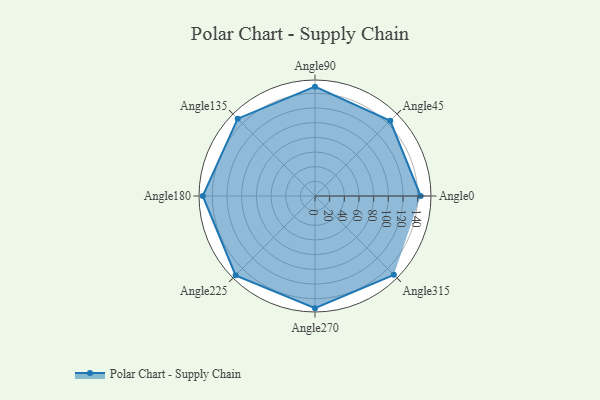
{"axis": {"x": "Angle", "y": "Radius"}, "legend": [""], "data": [{"x": "Angle0", "y": 144.0, "type": ""}, {"x": "Angle45", "y": 145.0, "type": ""}, {"x": "Angle90", "y": 149.0, "type": ""}, {"x": "Angle135", "y": 149.0, "type": ""}, {"x": "Angle180", "y": 153.0, "type": ""}, {"x": "Angle225", "y": 153.0, "type": ""}, {"x": "Angle270", "y": 153.0, "type": ""}, {"x": "Angle315", "y": 152.0, "type": ""}]}